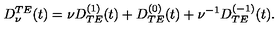
\begin{array} { c } { \displaystyle { D _ { \nu } ^ { T E } ( t ) = \nu D _ { T E } ^ { ( 1 ) } ( t ) + D _ { T E } ^ { ( 0 ) } ( t ) + \nu ^ { - 1 } D _ { T E } ^ { ( - 1 ) } ( t ) . } } \\ \end{array}